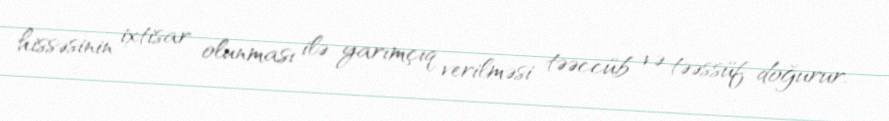
hissəsinin ixtisar olunması ilə yarımçıq verilməsi təəccüb və təəssüf doğurur.